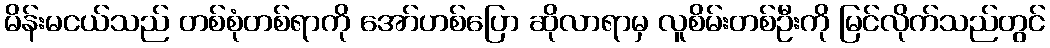
မိန်းမငယ်သည် တစ်စုံတစ်ရာကို အော်ဟစ်ပြော ဆိုလာရာမှ လူစိမ်းတစ်ဦးကို မြင်လိုက်သည်တွင်